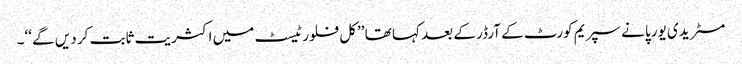
مسٹر یدی یورپا نے سپریم کورٹ کے آرڈر کے بعد کہا تھا ’’کل فلور ٹیسٹ میں اکثریت ثابت کر دیں گے ‘‘۔